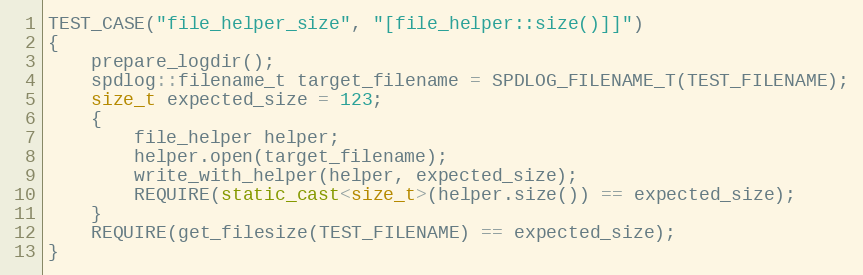
Language: C++
TEST_CASE("file_helper_size", "[file_helper::size()]]")
{
    prepare_logdir();
    spdlog::filename_t target_filename = SPDLOG_FILENAME_T(TEST_FILENAME);
    size_t expected_size = 123;
    {
        file_helper helper;
        helper.open(target_filename);
        write_with_helper(helper, expected_size);
        REQUIRE(static_cast<size_t>(helper.size()) == expected_size);
    }
    REQUIRE(get_filesize(TEST_FILENAME) == expected_size);
}